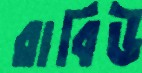
রাবিউ